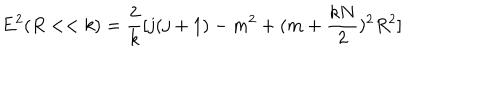
E ^ { 2 } ( R < < k ) = \frac { 2 } { k } [ j ( j + 1 ) - m ^ { 2 } + ( m + \frac { k N } { 2 } ) ^ { 2 } R ^ { 2 } ]